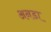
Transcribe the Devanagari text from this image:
अनडा